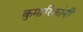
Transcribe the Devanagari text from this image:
कुमारिकांनीं